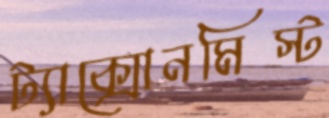
ট্যাক্সোনমিস্ট